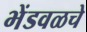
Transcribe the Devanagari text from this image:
भेंडवळचे